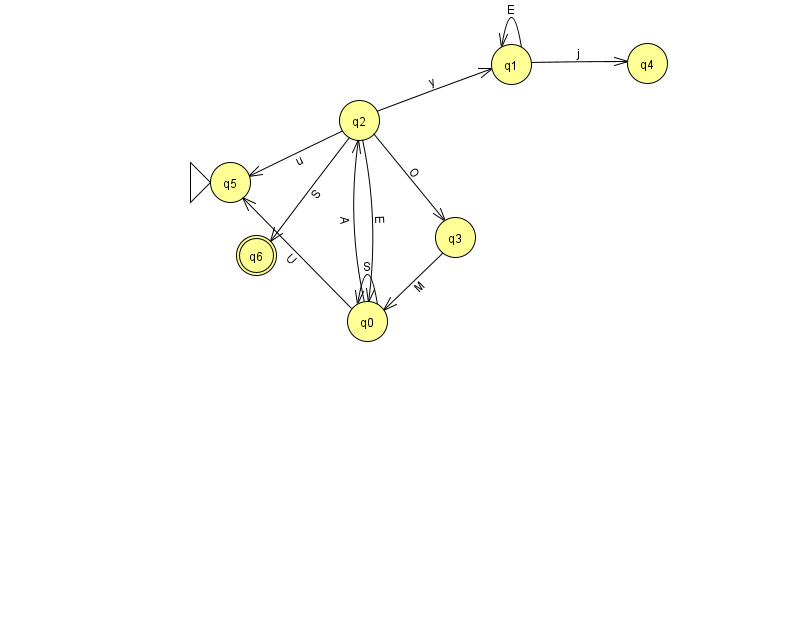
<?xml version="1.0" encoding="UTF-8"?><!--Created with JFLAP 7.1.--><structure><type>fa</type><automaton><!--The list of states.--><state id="0" name="q0"><x>367.0</x><y>308.0</y></state><state id="1" name="q1"><x>511.0</x><y>51.0</y></state><state id="2" name="q2"><x>359.0</x><y>107.0</y></state><state id="3" name="q3"><x>455.0</x><y>224.0</y></state><state id="4" name="q4"><x>647.0</x><y>50.0</y></state><state id="5" name="q5"><x>230.0</x><y>169.0</y><initial/></state><state id="6" name="q6"><x>256.0</x><y>242.0</y><final/></state><!--The list of transitions.--><transition><from>2</from><to>1</to><read>y</read></transition><transition><from>2</from><to>5</to><read>u</read></transition><transition><from>2</from><to>6</to><read>S</read></transition><transition><from>3</from><to>0</to><read>M</read></transition><transition><from>0</from><to>0</to><read>S</read></transition><transition><from>2</from><to>0</to><read>E</read></transition><transition><from>0</from><to>5</to><read>U</read></transition><transition><from>1</from><to>1</to><read>E</read></transition><transition><from>2</from><to>3</to><read>O</read></transition><transition><from>0</from><to>2</to><read>A</read></transition><transition><from>1</from><to>4</to><read>j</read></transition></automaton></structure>